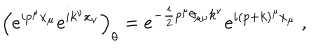
LaTeX: \left( e ^ { i p ^ { \mu } x _ { \mu } } e ^ { i k ^ { \nu } x _ { \nu } } \right) _ { \theta } = e ^ { - \frac { i } { 2 } p ^ { \mu } \theta _ { \mu \nu } k ^ { \nu } } e ^ { i ( p + k ) ^ { \mu } x _ { \mu } } ~ ,